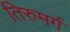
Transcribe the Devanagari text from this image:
तिरुमर्ग